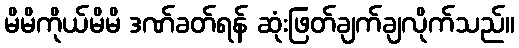
မိမိကိုယ်မိမိ ဒဏ်ခတ်ရန် ဆုံးဖြတ်ချက်ချလိုက်သည်။